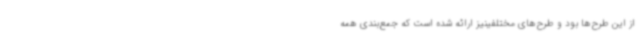
از این طرح‌ها بود و طرح‌های مختلفینیز ارائه شده است که جمع‌بندی همه